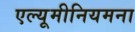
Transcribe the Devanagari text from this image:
एल्यूमीनियमना